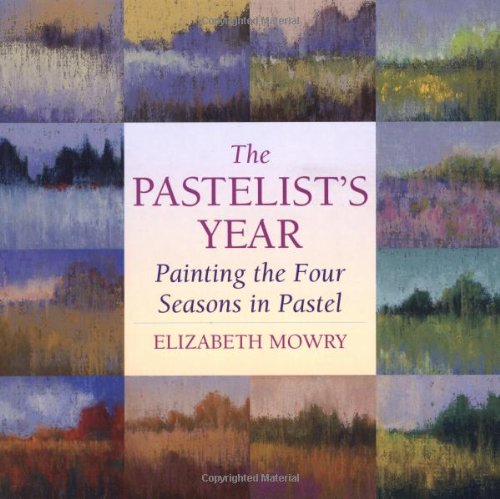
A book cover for The Pastelist's Year: Painting the Four Seasons in Pastel; Elizabeth Mowry; Arts & Photography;